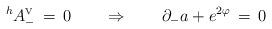
LaTeX: \begin{align*}^hA_-^{\mbox{\tiny V}}\,=\,0\qquad\Rightarrow\qquad\partial_-a + e^{2\varphi}\,=\,0\end{align*}